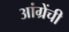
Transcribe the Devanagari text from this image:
आंग्रेंची